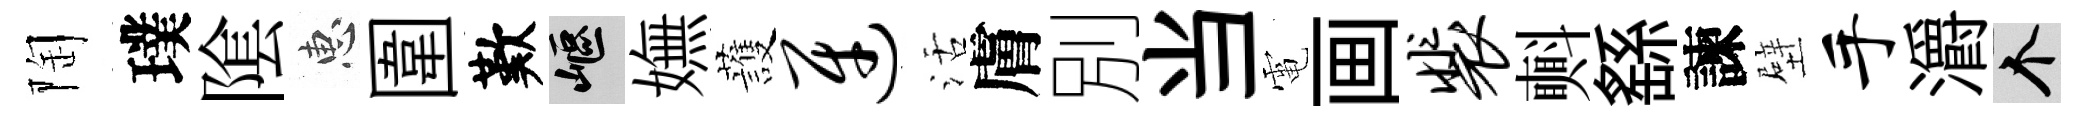
陶璞隂惠圍歎嶇嫵䕶迓活膚別当電画裴㪺繇諫壁手灂个